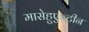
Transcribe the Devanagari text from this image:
मासेहुएल्टीन